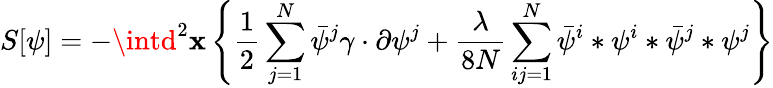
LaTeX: S[\psi]=-\intd^{2}\mathbf{x}\left\{ \frac{{1}}{{2}}\sum_{j=1}^{N}\bar{{\psi}}^{j}\gamma\cdot\partial\psi^{j}+\frac{{\lambda}}{{8N}}\sum_{ij=1}^{N}\bar{{\psi}}^{i}*\psi^{i}*\bar{{\psi}}^{j}*\psi^{j}\right\}